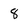
Character: 8